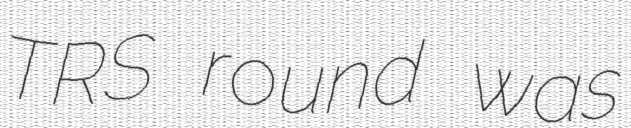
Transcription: TRS round was